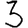
Digit: 3